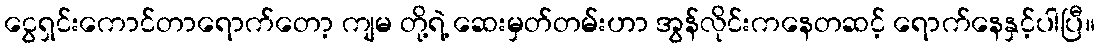
ငွေရှင်းကောင်တာရောက်တော့ ကျမ တို့ရဲ့ ဆေးမှတ်တမ်းဟာ အွန်လိုင်းကနေတဆင့် ရောက်နေနှင့်ပါပြီ။